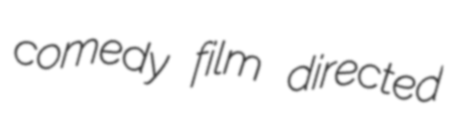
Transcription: comedy film directed